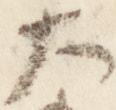
大